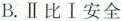
B.Ⅱ比Ⅰ安全